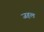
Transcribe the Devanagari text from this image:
जहल